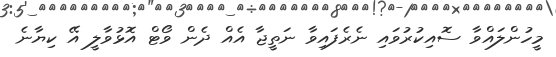
މީހުންލައްވާ ސޮއިކުރުވައި ނެރެފައިވާ ނަތީޖާ އެއް ދެން ވޯޓް އޮޅުވާލީ އޭ ކިޔާނެ